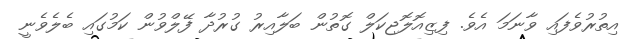
އިތުރުވެފައި ވާނަމަ އެވެ. ފިޒިއޮލޮޖިކަލް ގޮތުން ބަލާއިރު ގުރުދާ ފޭލްވުން ކަމުގައި ބެލެވެނީ